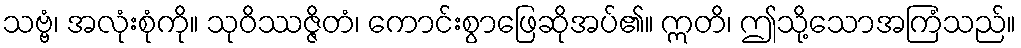
သဗ္ဗံ၊ အလုံးစုံကို။ သုဝိဿဇ္ဇိတံ၊ ကောင်းစွာဖြေဆိုအပ်၏။ ဣတိ၊ ဤသို့သောအကြံသည်။